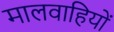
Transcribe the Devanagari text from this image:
मालवाहियों